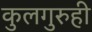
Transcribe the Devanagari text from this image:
कुलगुरुही